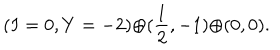
( I = 0 , Y = - 2 ) { \oplus } ( \frac { 1 } { 2 } , - 1 ) { \oplus } ( 0 , 0 ) .